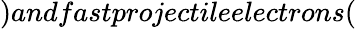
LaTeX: )andfastprojectileelectrons(